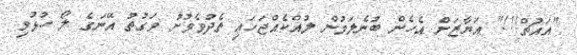
"އައުޗް!!!" އަޔާޒަށް އެހެން ބުނެލަމުން ލުއްކެއްޖަހައި ތެދުވެވުނު ވަގުތު އޭނަގެ ލޯ ހުޅުވި